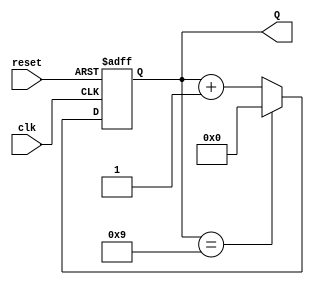
module decade_counter (
    input wire clk,       // Clock input
    input wire reset,     // Asynchronous reset input
    output reg [3:0] Q    // 4-bit output representing the current count state
);

// Asynchronous reset and counting logic
always @(posedge clk or posedge reset) begin
    if (reset) begin
        Q <= 4'b0000; // Reset the counter to 0000
    end else begin
        if (Q == 4'b1001) begin
            Q <= 4'b0000; // Reset to 0000 after reaching 1001
        end else begin
            Q <= Q + 1; // Increment the counter
        end
    end
end

endmodule